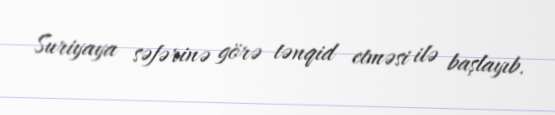
Suriyaya səfərinə görə tənqid etməsi ilə başlayıb.